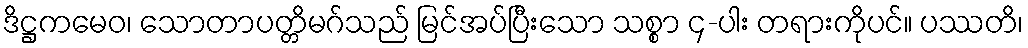
ဒိဋ္ဌကမေဝ၊ သောတာပတ္တိမဂ်သည် မြင်အပ်ပြီးသော သစ္စာ ၄-ပါး တရားကိုပင်။ ပဿတိ၊